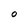
Character: 0